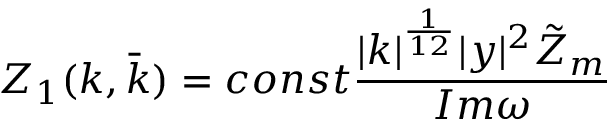
Z _ { 1 } ( k , \bar { k } ) = c o n s t \frac { | k | ^ { \frac { 1 } { 1 2 } } | y | ^ { 2 } \tilde { Z } _ { m } } { I m \omega }